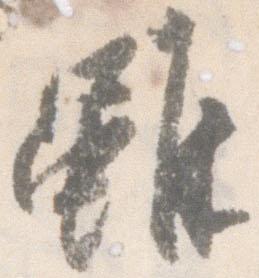
雖